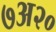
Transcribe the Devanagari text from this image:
७अ२०